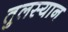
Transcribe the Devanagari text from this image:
तुलस्यान